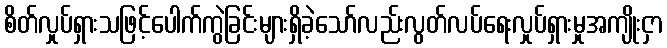
စိတ်လှုပ်ရှားသဖြင့်ပေါက်ကွဲခြင်းများရှိခဲ့သော်လည်းလွတ်လပ်ရေးလှုပ်ရှားမှုအကျိုးငှာ